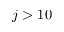
j > 1 0